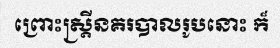
ព្រោះស្ត្រីនគរបាលរូបនោះ ក៏